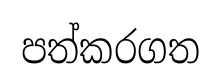
පත්කරගත